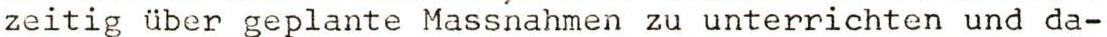
zeitig über geplante Massnahmen zu unterrichten und da-